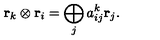
{ \bf r } _ { k } \otimes { \bf r } _ { i } = \bigoplus _ { j } a _ { i j } ^ { k } { \bf r } _ { j } .